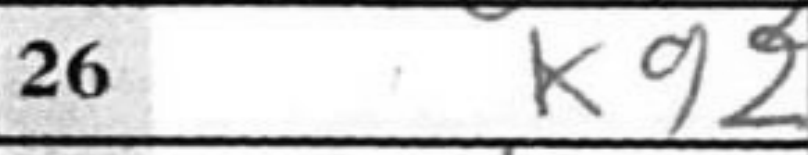
Transcription: Kg2